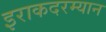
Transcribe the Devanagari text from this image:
इराकदरम्यान